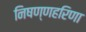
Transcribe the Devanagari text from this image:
निषण्णहरिणा